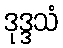
ဒုဒ္ဒသံ